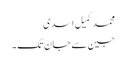
محمد کمیل اسدی
جین سے جان تک ۔